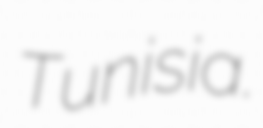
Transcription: Tunisia.